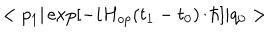
< p _ { 1 } \vert \exp [ - i H _ { o p } ( t _ { 1 } - t _ { 0 } ) / \hbar ] \vert q _ { 0 } >